Leaving Certificate Examination (including Day School Certificate (Higher) General paper), 1939
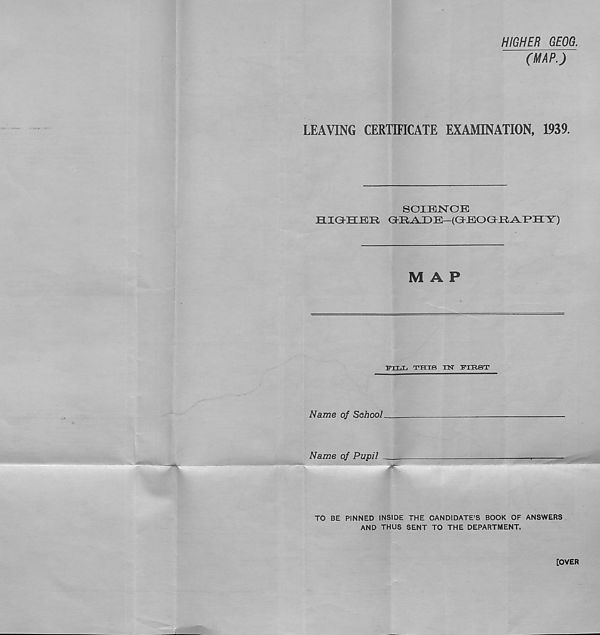
HIGHER GEOG.
(MAP.)
LEAVING CERTIFICATE EXAMINATION, 1939.
SOXBJSTOB
HIGHCJEE GKR^DB—(GKEOG.R-A.PHY)
MAP
tptt.t, this nsr ymsT
Name of School
Name of Pupil
TO BE PINNED INSIDE THE CANDIDATE’S BOOK OF ANSWERS
AND THUS SENT TO THE DEPARTMENT.
[OVER